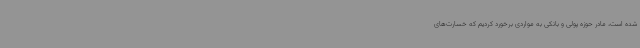
‌شده‌ است، مادر حوزه پولی و بانکی به مواردی برخورد کردیم که خسارت‌های